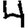
Digit: 4